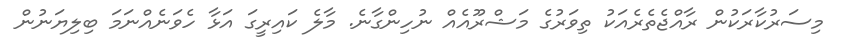
މިސަރުކާރަކުން ރާއްޖެތެރެއަކު ތިވަރުގެ މަޝްރޫއެއް ނުހިންގާނެ. މާލެ ކައިރީގަ އަޅާ ހެވަނެއްނަމަ ބިލިޔަނުން